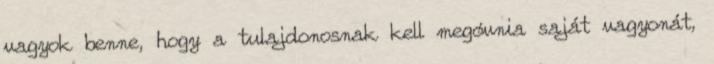
vagyok benne, hogy a tulajdonosnak kell megóvnia saját vagyonát,